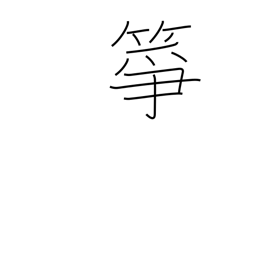
Meaning: a koto